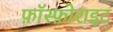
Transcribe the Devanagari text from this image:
फ़ॉस्फ़ोराइट